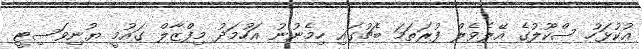
އުކުޅަހު ސްކޫލުގެ އޭލެވެލް ފުރަތަމަ ބެޗުގައި ހިމެނުނު އަހުމަދު މިފްޒާލް ގައުމީ ޔުނިވަސިޓީ